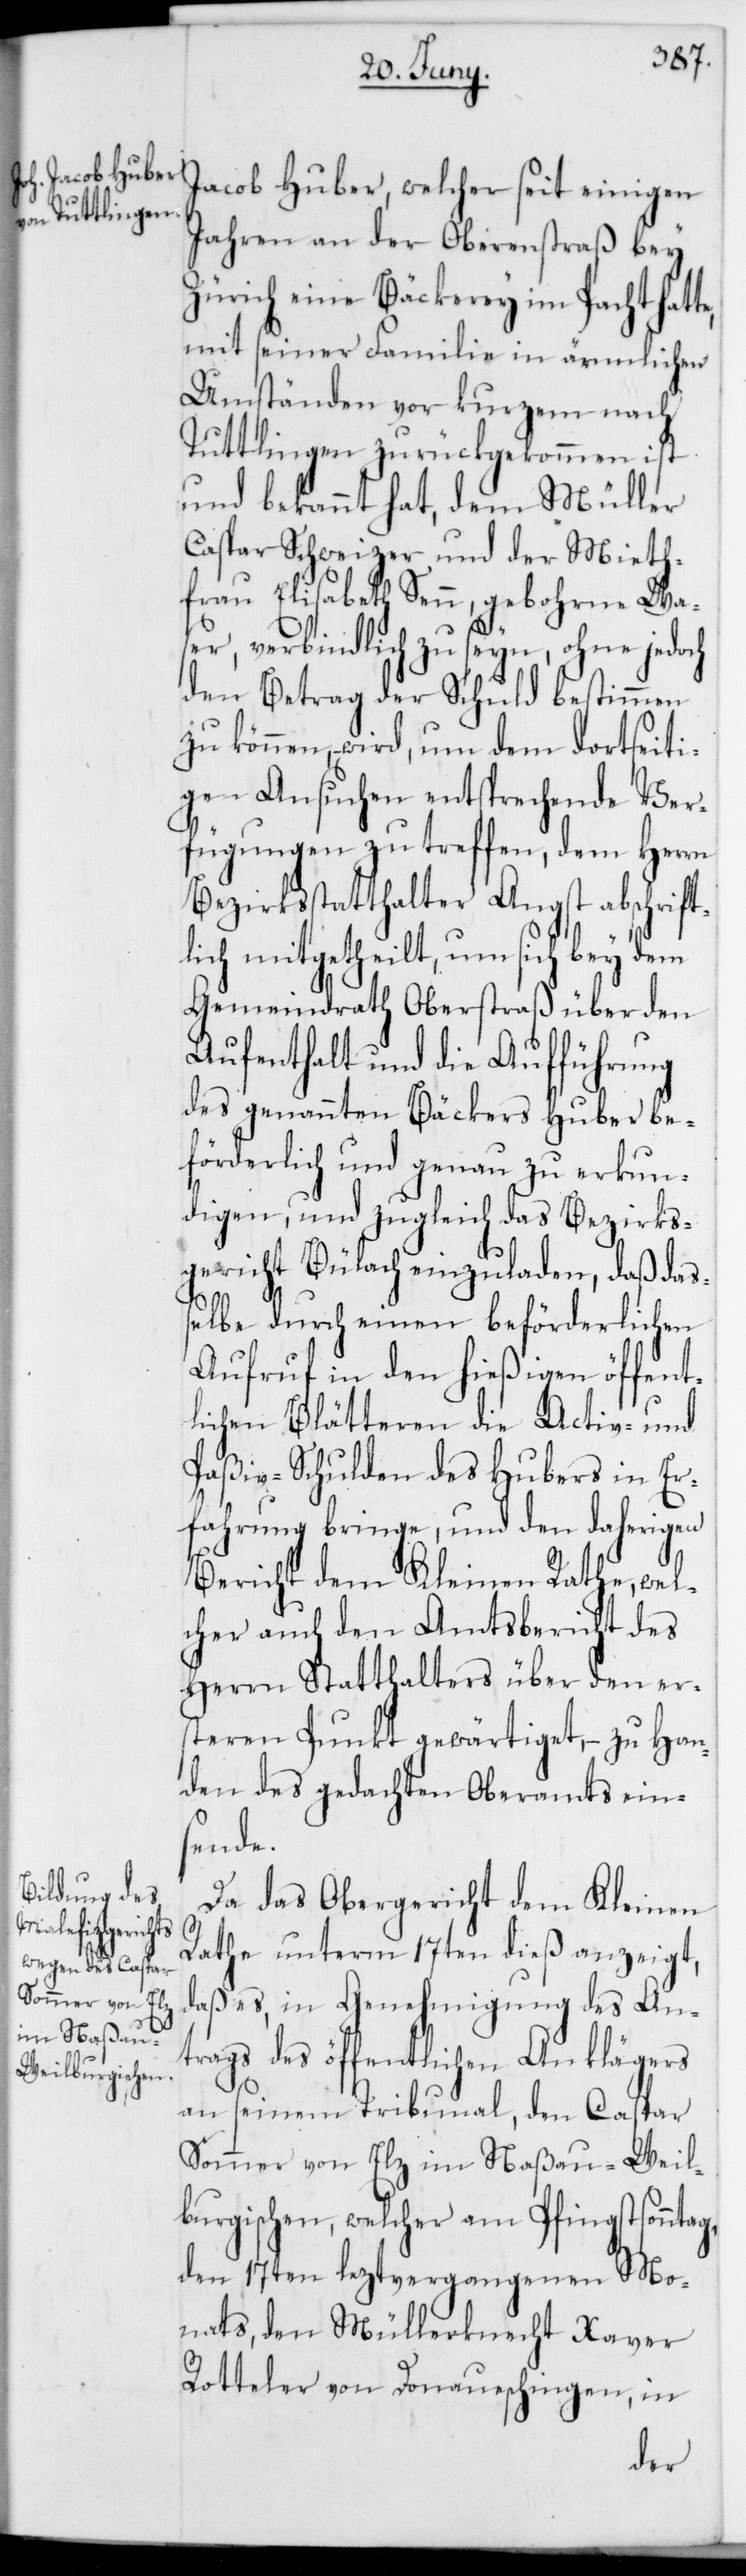
Jacob Huber, welcher seit einigen
Jahren an der Oberenstraß bey
Zürich eine Bäckerei in Pacht hatt¬
mit seiner Familie in ärmlichen
Umständen vor kurzem nach
Tuttlingen zurückgekommen ist
und bekannt hat, dem Müller
Caspar Schweizer und der Mieth¬
frau Elisabeth Senn, gebohrne Wa¬
ser, verbindlich zu seyn, ohne jedoch
den Betrag der Schuld bestimmen
zu können, wird, um dem dortseiti¬
gen Ansuchen entsprechende Ver¬
fügungen zu treffen, dem Herrn
Bezirksstatthalter Angst abschrift¬
lich mitgetheilt, um sich bey dem
Gemeindrath Oberstraß über den
Aufenthalt und die Aufführung
des genannten Bäckers Huber be¬
förderlich und genau zu erkun¬
digen, und zugleich das Bezirks¬
gericht Bülach einzuladen, daß daß¬
elbe durch einen beförderlichen
Aufruf in den hießigen öffent¬
lichen Blätteren die Activ- und
Paßiv-Schulden des Hubers in Er¬
fahrung bringe, und den daherigen
Bericht dem Kleinen Rathe, wel¬
cher auch den Amtsbericht des
Herrn Statthalters über den er¬
steren Punkt gewärtiget, – zu Han¬
den des gedachten Oberamts eins¬
ende.
Da das Obergericht dem Kleinen
Rathe unterm 17ten dieß anzeigt,
daß es, in Genehmigung des An¬
trags des öffentlichen Anklägers
an seinem Tribunal, den Caspar
Sommer von Elz im Naßau-Weil¬
burgischen, welcher am Pfingstsonntag
den 17ten leztvergangenen Mo¬
nats, den Müllerknecht Xaver
Rotteler von Donaueschingen, in
e,